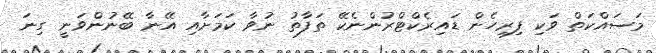
މަސައްކަތް ވަކި ފިރިހެން ޑައިރެކްޓްރުންނެކޭ ތަފާތު ނުވާ ކަމަށާއި އޭނާ ބޭނުންވަނީ ގިނަ